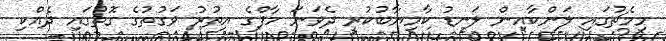
މިމެޗުގައި ލަންކާއިން ލަނޑު ކާމިޔާބުކުރީ ދެވަނަ ހާފްގެ އިތުރު ވަގުތުގެ ގޮތުގައި ދެއްކި